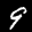
Label: 9